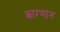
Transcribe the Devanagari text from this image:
कारणांन